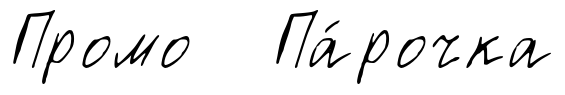
Промо Па́рочка